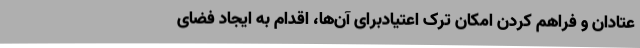
عتادان و فراهم کردن امکان ترک اعتیادبرای آن‌ها، اقدام به ایجاد فضای